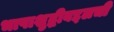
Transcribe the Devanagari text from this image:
भाषाशुद्धीबद्दलची